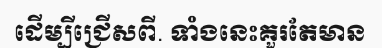
ដើម្បីជ្រើសពី. ទាំងនេះគួរតែមាន